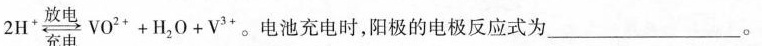
2 H ^ { + } \underset { 充 电 } { \overset { 放 电 } { \rightleftharpoons } } \frac V O ^ { 2 + }